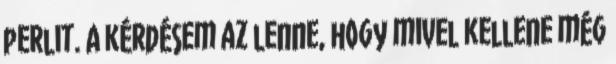
perlit. A kérdésem az lenne, hogy mivel kellene még